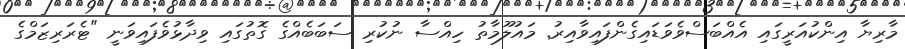
މާރިޔާ އިންކުއަރީގައި އެއްބަސްވެވަޑައިގެންފައިވާއިރު